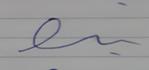
Signature authenticity: forged